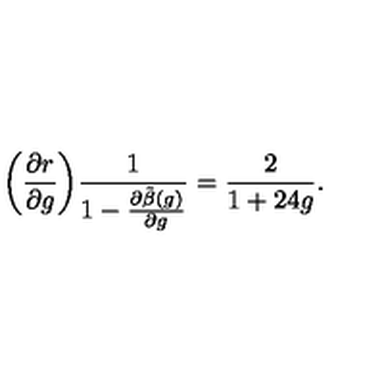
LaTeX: \biggl ( \frac { \partial r } { \partial g } { \biggr ) } \frac { 1 } { 1 - \frac { \partial \tilde { \beta } ( g ) } { \partial g } } = \frac { 2 } { 1 + 2 4 g } .